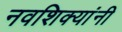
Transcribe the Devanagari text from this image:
नवशिक्यांनी